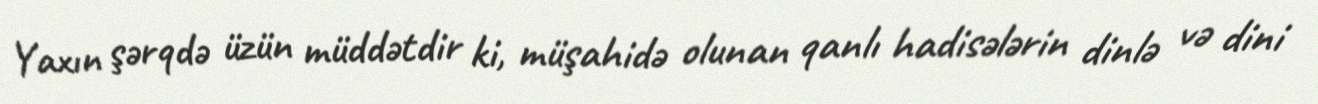
Yaxın şərqdə üzün müddətdir ki, müşahidə olunan qanlı hadisələrin dinlə və dini